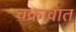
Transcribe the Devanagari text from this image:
चक्रावात